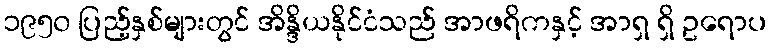
၁၉၅၀ ပြည့်နှစ်များတွင် အိန္ဒိယနိုင်ငံသည် အာဖရိကနှင့် အာရှ ရှိ ဥရောပ